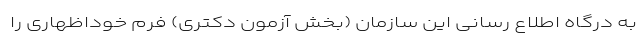
به درگاه اطلاع رسانی این سازمان (بخش آزمون دکتری) فرم خوداظهاری را